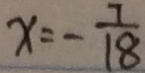
x = - \frac { 7 } { 1 8 }